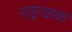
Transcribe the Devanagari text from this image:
राष्ट्ररक्षक